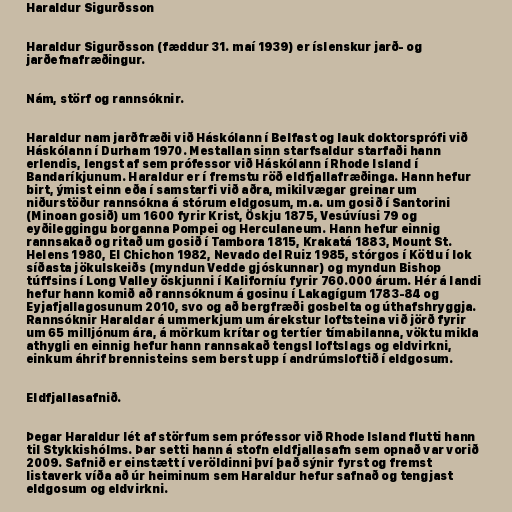
Haraldur Sigurðsson

Haraldur Sigurðsson (fæddur 31. maí 1939) er íslenskur jarð- og
jarðefnafræðingur.

Nám, störf og rannsóknir.

Haraldur nam jarðfræði við Háskólann í Belfast og lauk doktorsprófi við
Háskólann í Durham 1970. Mestallan sinn starfsaldur starfaði hann
erlendis, lengst af sem prófessor við Háskólann í Rhode Island í
Bandaríkjunum. Haraldur er í fremstu röð eldfjallafræðinga. Hann hefur
birt, ýmist einn eða í samstarfi við aðra, mikilvægar greinar um
niðurstöður rannsókna á stórum eldgosum, m.a. um gosið í Santorini
(Minoan gosið) um 1600 fyrir Krist, Öskju 1875, Vesúvíusi 79 og
eyðileggingu borganna Pompei og Herculaneum. Hann hefur einnig
rannsakað og ritað um gosið í Tambora 1815, Krakatá 1883, Mount St.
Helens 1980, El Chichon 1982, Nevado del Ruiz 1985, stórgos í Kötlu í lok
síðasta jökulskeiðs (myndun Vedde gjóskunnar) og myndun Bishop
túffsins í Long Valley öskjunni í Kaliforníu fyrir 760.000 árum. Hér á landi
hefur hann komið að rannsóknum á gosinu í Lakagígum 1783-84 og
Eyjafjallagosunum 2010, svo og að bergfræði gosbelta og úthafshryggja.
Rannsóknir Haraldar á ummerkjum um árekstur loftsteina við jörð fyrir
um 65 milljónum ára, á mörkum krítar og tertíer tímabilanna, vöktu mikla
athygli en einnig hefur hann rannsakað tengsl loftslags og eldvirkni,
einkum áhrif brennisteins sem berst upp í andrúmsloftið í eldgosum.

Eldfjallasafnið.

Þegar Haraldur lét af störfum sem prófessor við Rhode Island flutti hann
til Stykkishólms. Þar setti hann á stofn eldfjallasafn sem opnað var vorið
2009. Safnið er einstætt í veröldinni því það sýnir fyrst og fremst
listaverk víða að úr heiminum sem Haraldur hefur safnað og tengjast
eldgosum og eldvirkni.